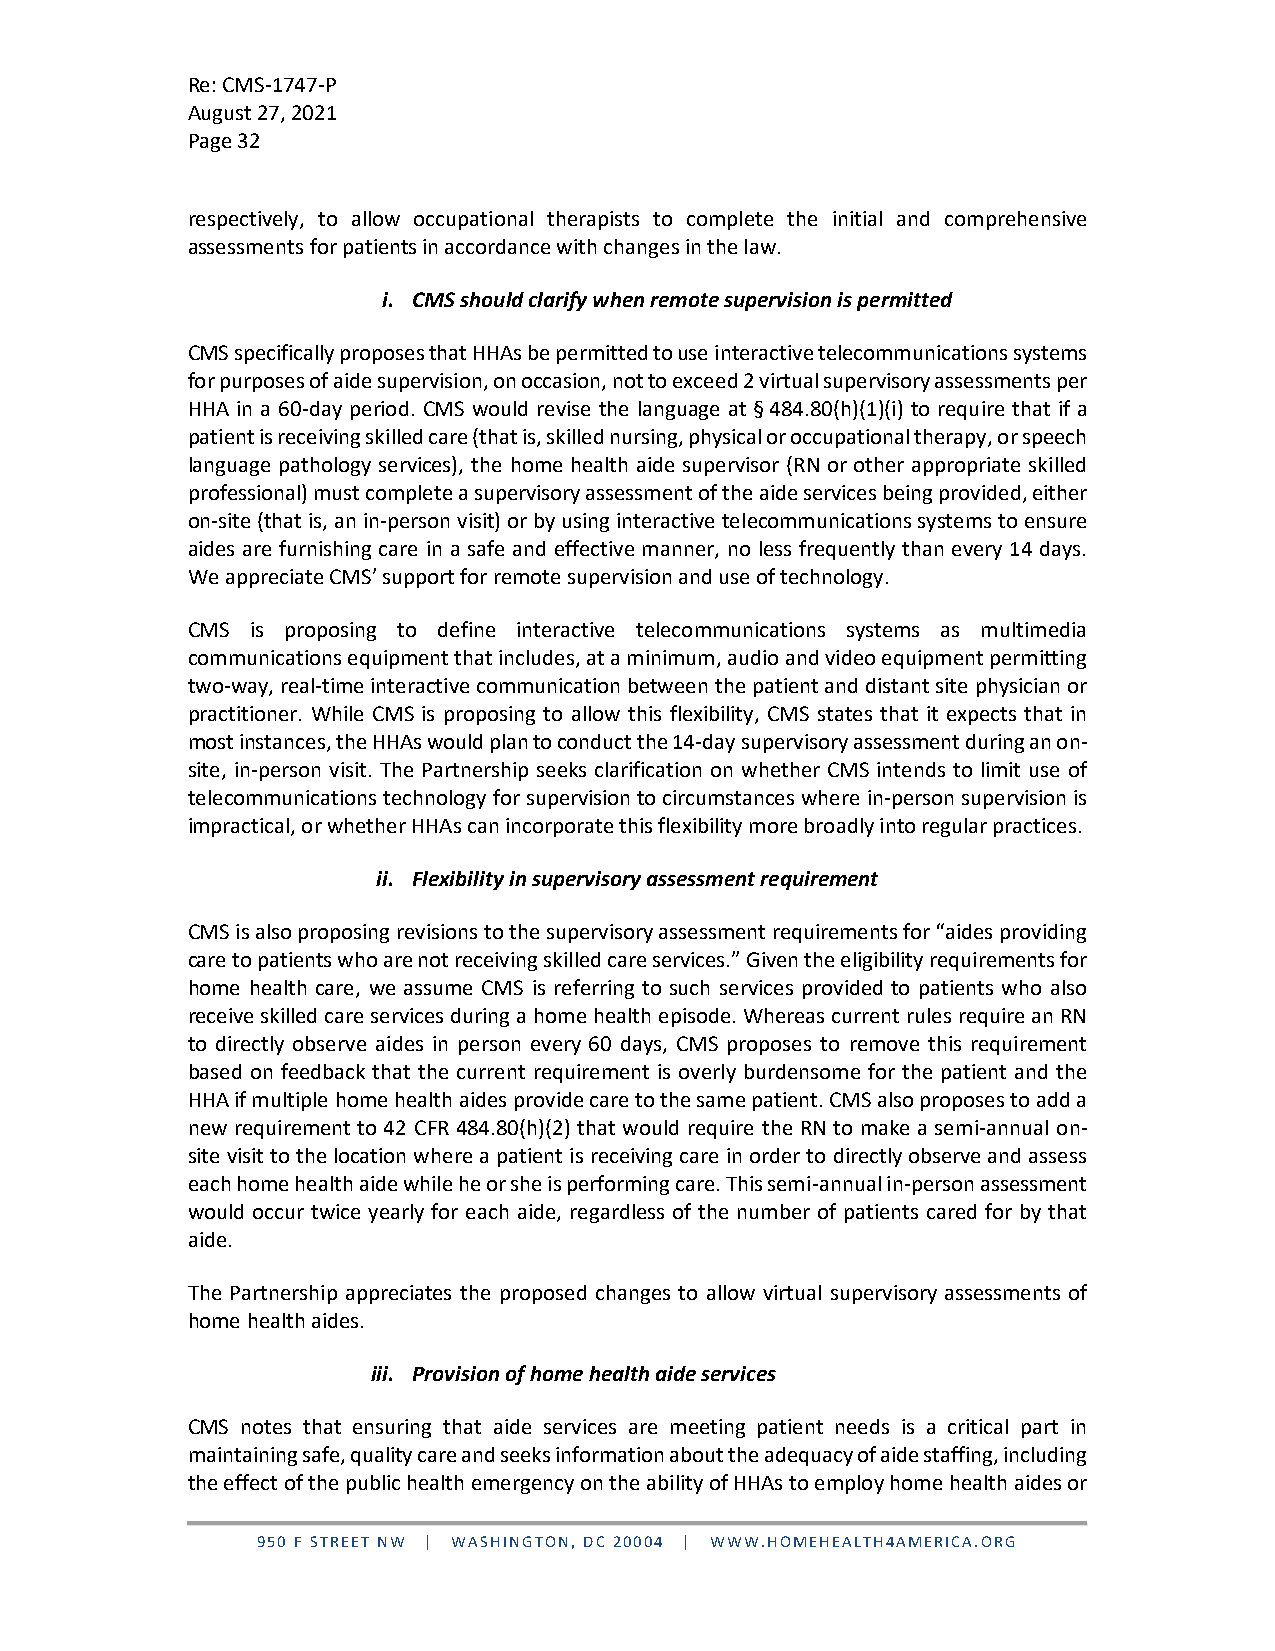
Re: CMS-1747-P
 August 27, 2021
 Page 32
 respectively, to allow occupational therapists to complete the initial and comprehensive
 assessments for patients in accordance with changes in the law.
 i. CMS should clarify when remote supervision is permitted
 CMS specifically proposes that HHAs be permitted to use interactive telecommunications systems
 for purposes of aide supervision, on occasion, not to exceed 2 virtual supervisory assessments per
 HHA in a 60-day period. CMS would revise the language at § 484.80(h)(1)(i) to require that if a
 patient is receiving skilled care (that is, skilled nursing, physical or occupational therapy, or speech
 language pathology services), the home health aide supervisor (RN or other appropriate skilled
 professional) must complete a supervisory assessment of the aide services being provided, either
 on-site (that is, an in-person visit) or by using interactive telecommunications systems to ensure
 aides are furnishing care in a safe and effective manner, no less frequently than every 14 days.
 We appreciate CMS’ support for remote supervision and use of technology.
 CMS  is proposing to define interactive telecommunications systems as multimedia
 communications equipment that includes, at a minimum, audio and video equipment permitting
 two-way, real-time interactive communication between the patient and distant site physician or
 practitioner. While CMS is proposing to allow this flexibility, CMS states that it expects that in
 most instances, the HHAs would plan to conduct the 14-day supervisory assessment during an on-
 site, in-person visit. The Partnership seeks clarification on whether CMS intends to limit use of
 telecommunications technology for supervision to circumstances where in-person supervision is
 impractical, or whether HHAs can incorporate this flexibility more broadly into regular practices.
 ii. Flexibility in supervisory assessment requirement
 CMS is also proposing revisions to the supervisory assessment requirements for “aides providing
 care to patients who are not receiving skilled care services.” Given the eligibility requirements for
 home health care, we assume CMS is referring to such services provided to patients who also
 receive skilled care services during a home health episode. Whereas current rules require an RN
 to directly observe aides in person every 60 days, CMS proposes to remove this requirement
 based on feedback that the current requirement is overly burdensome for the patient and the
 HHA if multiple home health aides provide care to the same patient. CMS also proposes to add a
 new requirement to 42 CFR 484.80(h)(2) that would require the RN to make a semi-annual on-
 site visit to the location where a patient is receiving care in order to directly observe and assess
 each home health aide while he or she is performing care. This semi-annual in-person assessment
 would occur twice yearly for each aide, regardless of the number of patients cared for by that
 aide.
 The Partnership appreciates the proposed changes to allow virtual supervisory assessments of
 home health aides.
 iii. Provision of home health aide services
 CMS notes that ensuring that aide services are meeting patient needs is a critical part in
 maintaining safe, quality care and seeks information about the adequacy of aide staffing, including
 the effect of the public health emergency on the ability of HHAs to employ home health aides or
 950 F STREET NW | WASHINGTON, DC 20004 | WWW.HOMEHEALTH4AMERICA.ORG